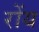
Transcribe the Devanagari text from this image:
रोंय